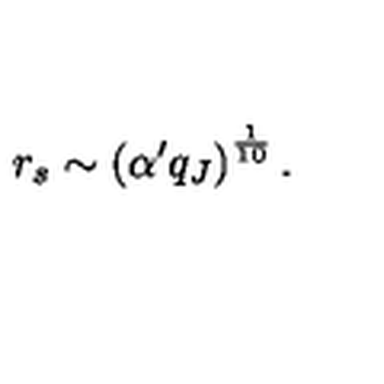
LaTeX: r _ { s } \sim \left( \alpha ^ { \prime } q _ { J } \right) ^ { \frac { 1 } { 1 0 } } .